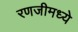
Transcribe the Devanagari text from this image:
रणजीमध्ये